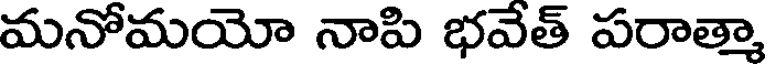
మనోమయో నాపి భవేత్ పరాత్మా